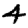
Digit: 4